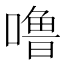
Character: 噜